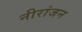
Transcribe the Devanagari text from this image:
नीरांजन